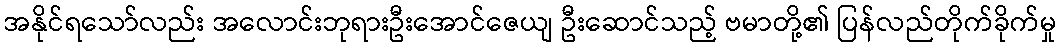
အနိုင်ရသော်လည်း အလောင်းဘုရားဦးအောင်ဇေယျ ဦးဆောင်သည့် ဗမာတို့၏ ပြန်လည်တိုက်ခိုက်မှု